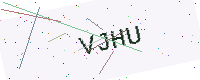
Text: VJHU